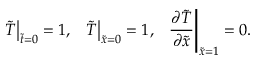
{ \left. \tilde { T } \right| _ { \tilde { t } = 0 } } = 1 , ~ ~ { \left. \tilde { T } \right| _ { \tilde { x } = 0 } } = 1 , ~ ~ { \left. { \frac { { \partial \tilde { T } } } { { \partial \tilde { x } } } } \right| _ { \tilde { x } = 1 } } = 0 .